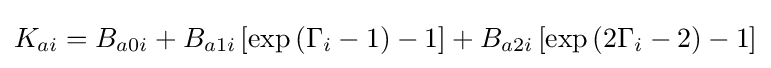
K_{ai}=B_{a0i}+B_{a1i}\left[\exp \left(\Gamma _{i}-1\right)-1\right]+B_{a2i}\left[\exp \left(2\Gamma _{i}-2\right)-1\right]